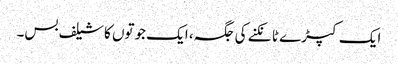
ایک کپڑے ٹانکنے کی جگہ، ایک جوتوں کا شیلف بس۔